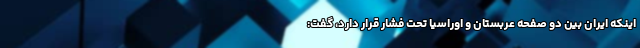
اینکه ایران بین دو صفحه عربستان و اوراسیا تحت فشار قرار دارد، گفت: